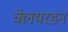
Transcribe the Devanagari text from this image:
क्लेयरडन